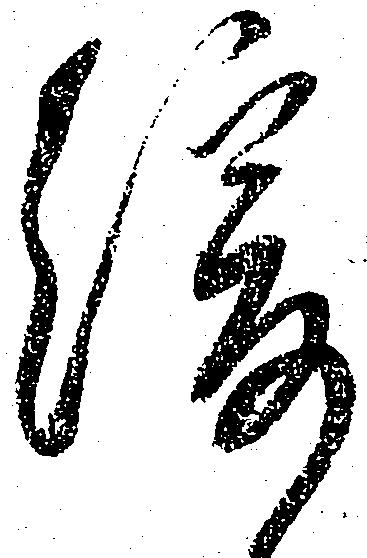
緩